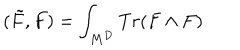
( \tilde { F } , F ) = \int _ { M ^ { D } } T r ( F \wedge F )